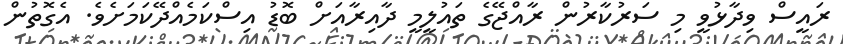
ރައީސް ވިދާޅުވީ މި ސަރުކާރުން ރާއްޖޭގެ ތައުލީމީ ދާއިރާއަށް ބޮޑު އިސްކަމެއްދޭކަމަށެވެ. އެގޮތުން